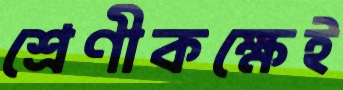
শ্রেণীকক্ষেই